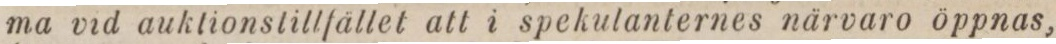
ma vid auktionstillfället att i spekulanternes närvaro öppnas,